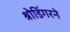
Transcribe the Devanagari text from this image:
श्रोडिंगरने